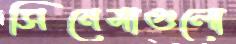
সিনেমাগুলো